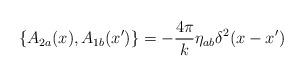
LaTeX: \begin{align*}\{A_{2a}(x), A_{1b}(x')\}=-\frac{4\pi}{k}\eta_{ab}\delta^2(x-x')\end{align*}